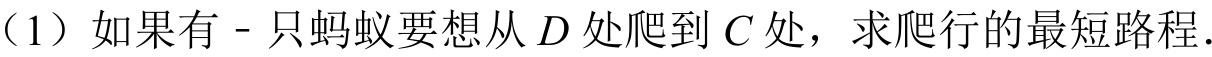
（1）如果有一只蚂蚁要想从 \(D\) 处爬到 \(C\) 处，求爬行的最短路程.